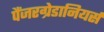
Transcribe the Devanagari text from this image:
पैंजरग्रेडानियर्स